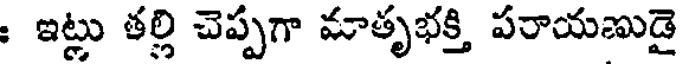
: ఇట్లు తల్లి చెప్పగా మాతృభక్తి పరాయణుడై